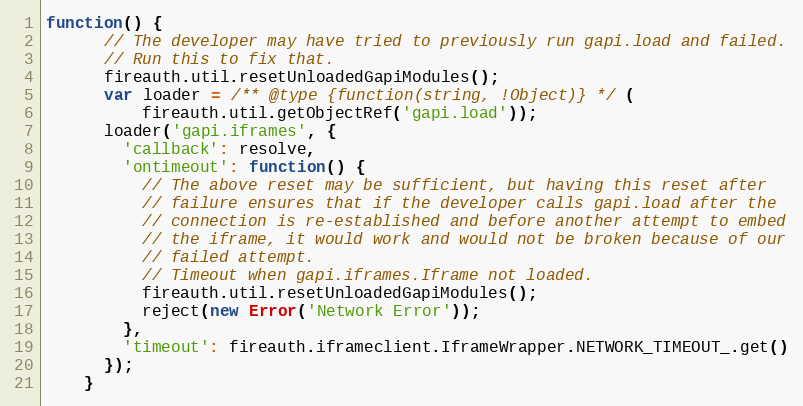
Language: JavaScript
function() {
      // The developer may have tried to previously run gapi.load and failed.
      // Run this to fix that.
      fireauth.util.resetUnloadedGapiModules();
      var loader = /** @type {function(string, !Object)} */ (
          fireauth.util.getObjectRef('gapi.load'));
      loader('gapi.iframes', {
        'callback': resolve,
        'ontimeout': function() {
          // The above reset may be sufficient, but having this reset after
          // failure ensures that if the developer calls gapi.load after the
          // connection is re-established and before another attempt to embed
          // the iframe, it would work and would not be broken because of our
          // failed attempt.
          // Timeout when gapi.iframes.Iframe not loaded.
          fireauth.util.resetUnloadedGapiModules();
          reject(new Error('Network Error'));
        },
        'timeout': fireauth.iframeclient.IframeWrapper.NETWORK_TIMEOUT_.get()
      });
    }